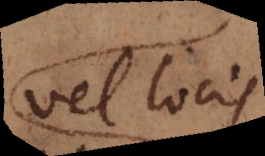
vel locis